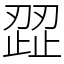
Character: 歰